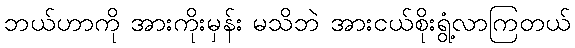
ဘယ်ဟာကို အားကိုးမှန်း မသိဘဲ အားငယ်စိုးရွံ့လာကြတယ်